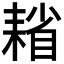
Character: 𦔄